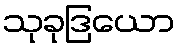
သုခုဒြယော